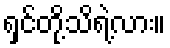
ရှင်တို့သိရဲ့လား။